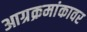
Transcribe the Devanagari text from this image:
आग्रक्रमांकावर